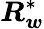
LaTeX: \boldsymbol{R}_{\boldsymbol{w}}^{*}